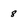
Character: 8